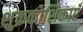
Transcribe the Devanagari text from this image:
शुक्रकोशिकाएँ